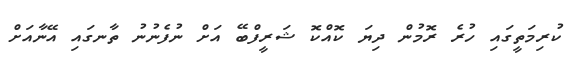
ކުރިމަތީގައި ހުރެ ރޮމުން ދިޔަ ކޮއްކޮ ޝަރީފްބޭ އަށް ނުފެނުނު ތާނގައި އޭނާއަށް